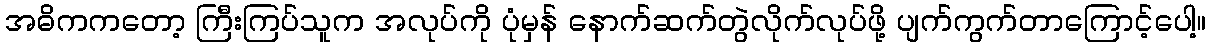
အဓိကကတော့ ကြီးကြပ်သူက အလုပ်ကို ပုံမှန် နောက်ဆက်တွဲလိုက်လုပ်ဖို့ ပျက်ကွက်တာကြောင့်ပေါ့။